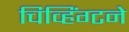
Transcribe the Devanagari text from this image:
चिव्हिंग्टने